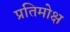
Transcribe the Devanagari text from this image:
प्रतिमोक्ष